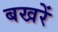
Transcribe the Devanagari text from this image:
बखरें